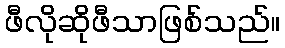
ဖီလိုဆိုဖီသာဖြစ်သည်။